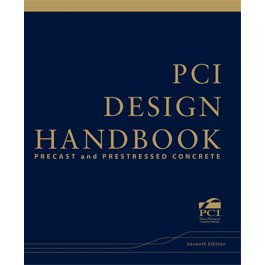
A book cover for PCI Design Handbook: Precast and Prestressed Concrete; Engineering & Transportation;